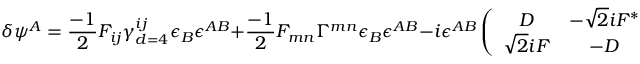
\delta \psi ^ { A } = \frac { - 1 } { 2 } { \cal F } _ { i j } \gamma _ { d = 4 } ^ { i j } \epsilon _ { B } \epsilon ^ { A B } + \frac { - 1 } { 2 } { \cal F } _ { m n } \Gamma ^ { m n } \epsilon _ { B } \epsilon ^ { A B } - i \epsilon ^ { A B } \left( \begin{array} { c c } { { D } } & { { - \sqrt { 2 } i F ^ { * } } } \\ { { \sqrt { 2 } i F } } & { { - D } } \end{array} \right) _ { B } ^ { ~ ~ ~ C } \epsilon _ { C } + \cdots ,